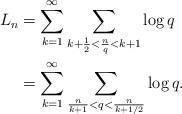
LaTeX: \begin{align*}L_n &= \sum_{k=1}^{\infty} \sum_{k+\frac{1}{2} < \frac{n}{q} < k+1} \log q \\&= \sum_{k=1}^{\infty} \sum_{\frac{n}{k+1} < q < \frac{n}{k+1/2}} \log q.\end{align*}